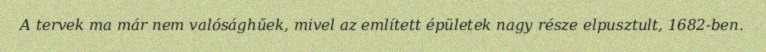
A tervek ma már nem valósághűek, mivel az említett épületek nagy része elpusztult, 1682-ben.